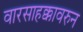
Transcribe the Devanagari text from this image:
वारसाहक्कावरुन